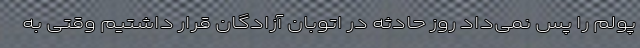
پولم را پس نمی‌داد روز حادثه در اتوبان آزادگان قرار داشتیم وقتی به